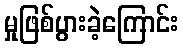
မှုဖြစ်ပွားခဲ့ကြောင်း